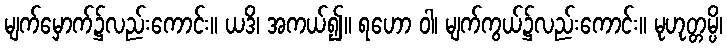
မျက်မှောက်၌လည်းကောင်း။ ယဒိ၊ အကယ်၍။ ရဟော ဝါ၊ မျက်ကွယ်၌လည်းကောင်း။ မုဟုတ္တမ္ပိ၊